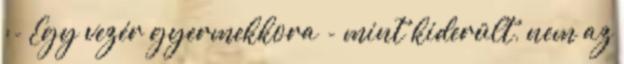
:- Egy vezér gyermekkora - mint kiderült, nem az